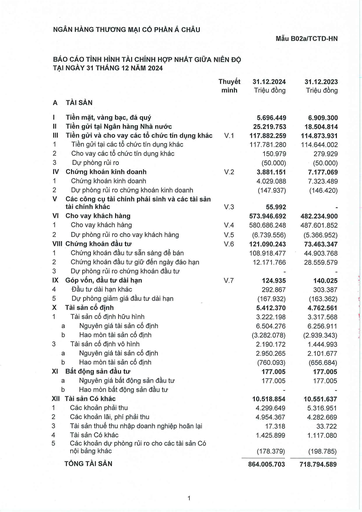
||Thuyết minh|31.12.2024 Triệu đồng|31.12.2023 Triệu đồng| |---|---|---|---| |A TÀI SẢN|||| |I Tiền mặt, vàng bạc, đá quý||5.696.449|6.909.300| |II Tiền gửi tại Ngân hàng Nhà nước||25.219.753|18.504.814| |III Tiền gửi và cho vay các tổ chức tín dụng khác|V.1|117.882.259|114.873.931| |1 Tiền gửi tại các tổ chức tín dụng khác||117.781.280|114.644.002| |2 Cho vay các tổ chức tín dụng khác||150.979|279.929| |3 Dự phòng rủi ro||(50.000)|(50.000)| |IV Chứng khoán kinh doanh|V.2|3.881.151|7.177.069| |1 Chứng khoán kinh doanh||4.029.088|7.323.489| |2 Dự phòng rủi ro chứng khoán kinh doanh||(147.937)|(146.420)| |V Các công cụ tài chính phái sinh và các tài sản tài chính khác|V.3|55.992|| |VI Cho vay khách hàng||573.946.692|482.234.900| |1 Cho vay khách hàng|V.4|580.686.248|487.601.852| |2 Dự phòng rủi ro cho vay khách hàng|V.5|(6.739.556)|(5.366.952)| |VIII Chứng khoán đầu tư|V.6|121.090.243|73.463.347| |1 Chứng khoán đầu tư sẵn sàng để bán||108.918.477|44.903.768| |2 Chứng khoán đầu tư giữ đến ngày đáo hạn||12.171.766|28.559.579| |3 Dự phòng rủi ro chứng khoán đầu tư|||| |IX Góp vốn, đầu tư dài hạn|V.7|124.935|140.025| |4 Đầu tư dài hạn khác||292.867|303.387| |5 Dự phòng giảm giá đầu tư dài hạn||(167.932)|(163.362)| |X Tài sản cố định||5.412.370|4.762.561| |1 Tài sản cố định hữu hình||3.222.198|3.317.568| |a Nguyên giá tài sản cố định||6.504.276|6.256.911| |b Hao mòn tài sản cố định||(3.282.078)|(2.939.343)| |3 Tài sản cố định vô hình||2.190.172|1.444.993| |a Nguyên giá tài sản cố định||2.950.265|2.101.677| |b Hao mòn tài sản cố định||(760.093)|(656.684)| |XI Bất động sản đầu tư||177.005|177.005| |a Nguyên giá bất động sản đầu tư||177.005|177.005| |b Hao mòn bất động sản đầu tư|||| |XII Tài sản Có khác||10.518.854|10.551.637| |1 Các khoản phải thu||4.299.649|5.316.951| |2 Các khoản lãi, phí phải thu||4.954.367|4.282.669| |3 Tài sản thuế thu nhập doanh nghiệp hoãn lại||17.318|33.722| |4 Tài sản Có khác||1.425.899|1.117.080| |5 Các khoản dự phòng rủi ro cho các tài sản Có nội bảng khác||(178.379)|(198.785)| |TỔNG TÀI SẢN||864.005.703|718.794.589|